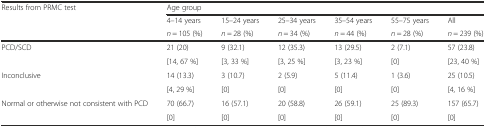
<table><thead><tr><td rowspan="3"><b>Results from PRMC test</b></td><td colspan="6"><b>Age group</b></td></tr><tr><td><b>4–14 years</b></td><td><b>15–24 years</b></td><td><b>25–34 years</b></td><td><b>35–54 years</b></td><td><b>55–75 years</b></td><td><b>All</b></td></tr><tr><td><b><i>n</i> = 105 (%)</b></td><td><b><i>n</i> = 28 (%)</b></td><td><b><i>n</i> = 34 (%)</b></td><td><b><i>n</i> = 44 (%)</b></td><td><b><i>n</i> = 28 (%)</b></td><td><b><i>n</i> = 239 (%)</b></td></tr></thead><tbody><tr><td rowspan="2">PCD/SCD</td><td>21 (20)</td><td>9 (32.1)</td><td>12 (35.3)</td><td>13 (29.5)</td><td>2 (7.1)</td><td>57 (23.8)</td></tr><tr><td>[14, 67 %]</td><td>[3, 33 %]</td><td>[3, 25 %]</td><td>[3, 23 %]</td><td>[0]</td><td>[23, 40 %]</td></tr><tr><td rowspan="2">Inconclusive</td><td>14 (13.3)</td><td>3 (10.7)</td><td>2 (5.9)</td><td>5 (11.4)</td><td>1 (3.6)</td><td>25 (10.5)</td></tr><tr><td>[4, 29 %]</td><td>[0]</td><td>[0]</td><td>[0]</td><td>[0]</td><td>[4, 16 %]</td></tr><tr><td rowspan="2">Normal or otherwise not consistent with PCD</td><td>70 (66.7)</td><td>16 (57.1)</td><td>20 (58.8)</td><td>26 (59.1)</td><td>25 (89.3)</td><td>157 (65.7)</td></tr><tr><td>[0]</td><td>[0]</td><td>[0]</td><td>[0]</td><td>[0]</td><td>[0]</td></tr></tbody></table>